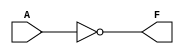
module KMapCombinationalLogic (
    input wire A,      // Single input variable
    output wire F      // Output based on the logic function
);

// Define the output logic based on the K-map representation
// You can customize the output logic based on the required function.
// Here are a few examples:

// 1. F = 0 (constant zero)
// assign F = 1'b0;

// 2. F = 1 (constant one)
// assign F = 1'b1;

// 3. F = A (identity function)
// assign F = A;

// 4. F = NOT A (inverted function)
assign F = ~A;

// Uncomment the desired output assignment based on the logic function you want to implement

endmodule